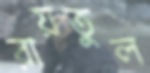
রায়তুল